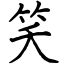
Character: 笑